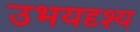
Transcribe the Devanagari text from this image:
उभयदृश्य